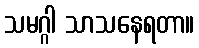
သမဂ္ဂါ သာသနေရတာ။